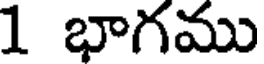
1 భాగము